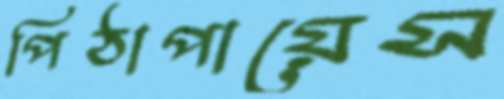
পিঠাপায়েস